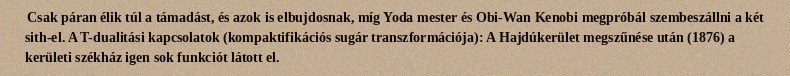
Csak páran élik túl a támadást, és azok is elbujdosnak, míg Yoda mester és Obi-Wan Kenobi megpróbál szembeszállni a két sith-el. A T-dualitási kapcsolatok (kompaktifikációs sugár transzformációja): A Hajdúkerület megszűnése után (1876) a kerületi székház igen sok funkciót látott el.